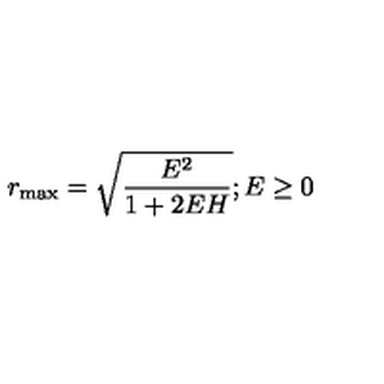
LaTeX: r _ { \mathrm { m a x } } = \sqrt { \frac { E ^ { 2 } } { 1 + 2 E H } } ; E \geq 0